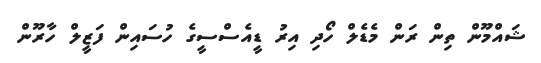
ޝައްމޫން ތިން ރަން މެޑެލް ހޯދި އިރު ޑީއެސްސީގެ ހުސައިން ފަޒީލް ހާރޫން